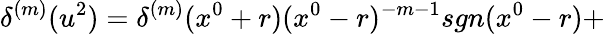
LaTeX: {\delta}^{(m)}(u^{2})={\delta}^{(m)}(x^{0}+r)(x^{0}-r)^{-m-1}sgn(x^{0}-r)+